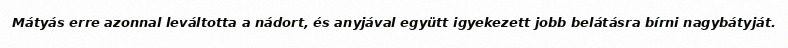
Mátyás erre azonnal leváltotta a nádort, és anyjával együtt igyekezett jobb belátásra bírni nagybátyját.